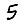
Digit: 5